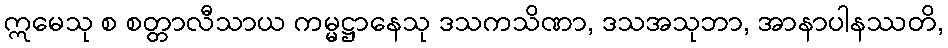
ဣမေသု စ စတ္တာလီသာယ ကမ္မဋ္ဌာနေသု ဒသကသိဏာ, ဒသအသုဘာ, အာနာပါနဿတိ,